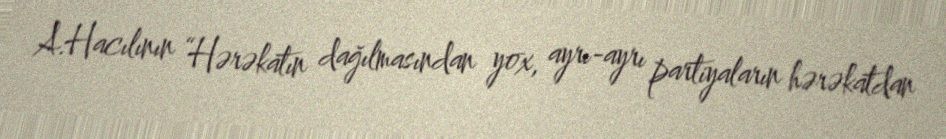
A.Hacılının “Hərəkatın dağılmasından yox, ayrı-ayrı partiyaların hərəkatdan